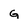
Character: G